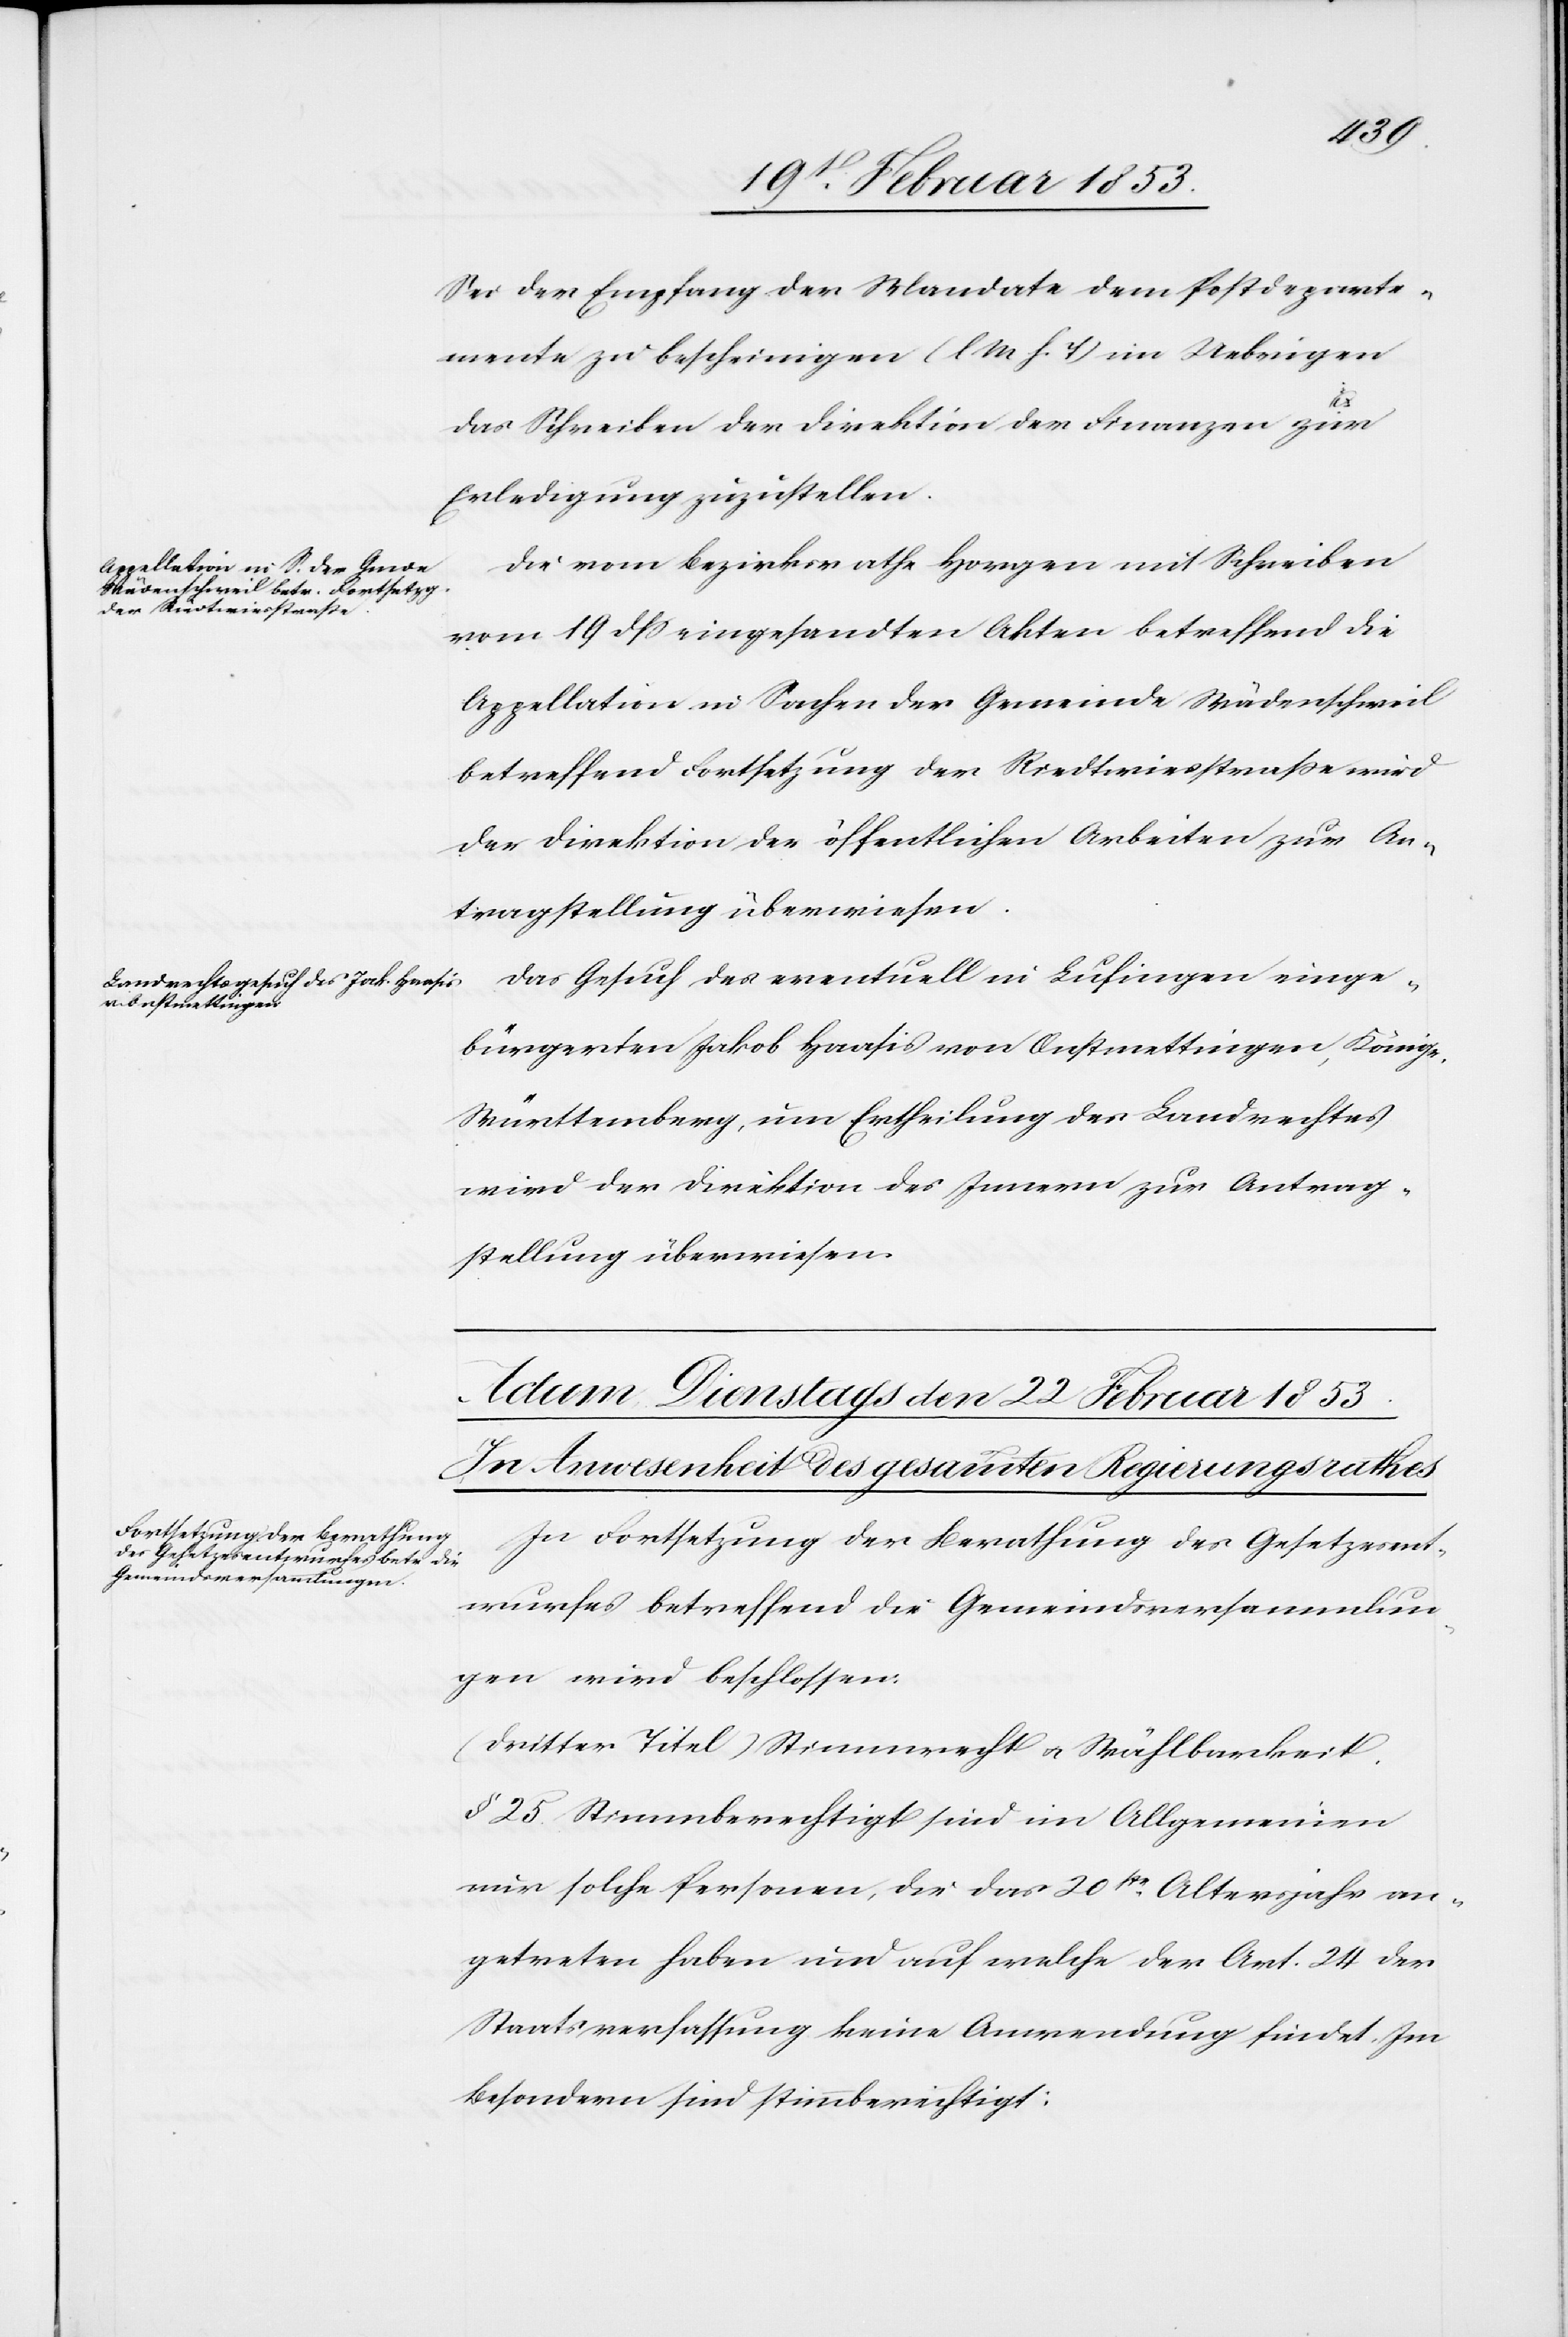
ich

21. Februar 1853]
Sei der Empfang der Mandate dem Postdeparte¬
mente zu bescheinigen [l. M. h. T] im Uebrigen
das Schreiben der Direktion der Finanzen zur
Erledigung zuzustellen.
Die vom Bezirksrathe Horgen mit Schreiben
vom 19 dß eingesandten Akten betreffend die
Appellation in Sachen der Gemeinde Wädentschweil
betreffend Fortsetzung der Riedtwiestraße wird
der Direktion der öffentlichen Arbeiten zur An¬
tragstellung überwiesen.
Das Gesuch des eventuell in Lufingen einge¬
bürgerten Jakob Haasis von Onstmettingen, Königre¬
Württemberg, um Ertheilung des Landrechtes
wird der Direktion des Innern zur Antrag¬
sstellung überwiesen.
In Fortsetzung der Berathung des Gesetzesent¬
wurfes betreffend die Gemeindsversammlun¬
gen wird beschlossen.
(dritter Titel) Stimmenrecht u. Wählbarkeit.
§ 25. Stimmberechtigt sind im Allgemeinen
nur solche Personen, die das 20te. Altersjahr an¬
getreten haben und auf welche der Art. 24 der
Staatsverfassung keine Anwendung findet. Im
besondern sind stimmberechtigt: